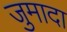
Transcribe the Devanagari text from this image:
जुमादा